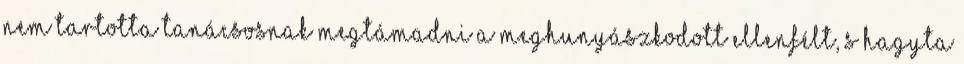
nem tartotta tanácsosnak megtámadni a meghunyászkodott ellenfélt, s hagyta